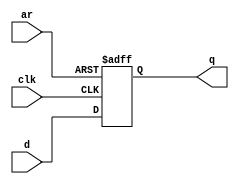
module top_module (
    input      clk,
    input      d,
    input      ar,   // asynchronous reset
    output reg q
);

    always @(posedge clk or posedge ar) begin

        if (ar == 1'b1) begin
            q <= 1'b0;
        end else begin
            q <= d;
        end
    end
endmodule